Indian journal of veterinary science and animal husbandry - Volume 8,
Year: 1938
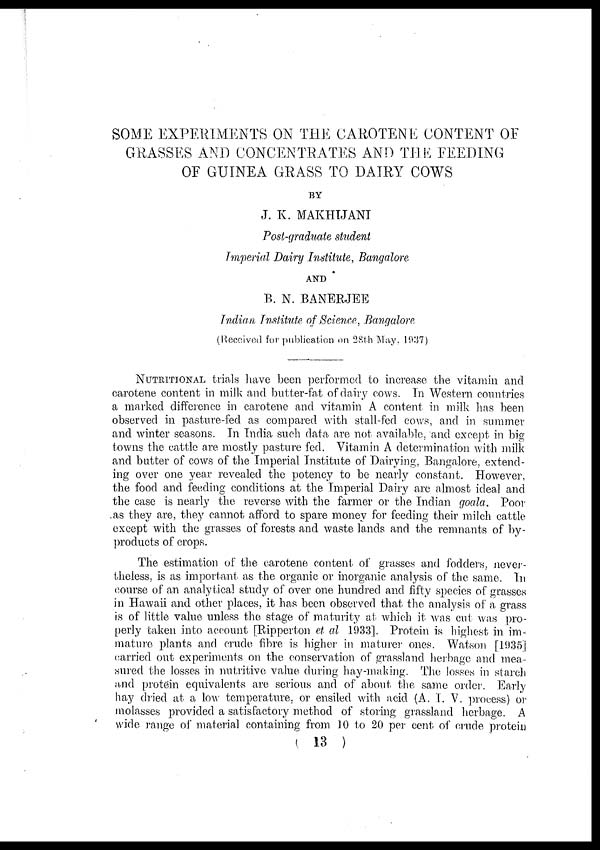
SOME EXPERIMENTS ON THE CAROTENE CONTENT OF
GRASSES AND CONCENTRATES AND THE FEEDING
OF GUINEA GRASS TO DAIRY COWS
BY
J. K. MAKHIJANI
Post-graduate student
Imperial Dairy Institute, Bangalore
AND
B. N. BANERJEE
Indian Institute of Science, Bangalore
(Received for publication on 28th May, 1937)
NUTRITIONAL trials have been performed to increase the vitamin and
carotene content in milk and butter-fat of dairy cows. In Western countries
a marked difference in carotene and vitamin A content in milk has been
observed in pasture-fed as compared with stall-fed cows, and in summer
and winter seasons. In India such data are not available, and except in big
towns the cattle are mostly pasture fed. Vitamin A determination with milk
and butter of cows of the Imperial Institute of Dairying, Bangalore, extend-
ing over one year revealed the potency to be nearly constant. However,
the food and feeding conditions at the Imperial Dairy are almost ideal and
the case is nearly the reverse with the farmer or the Indian goala. Poor
as they are, they cannot afford to spare money for feeding their milch cattle
except with the grasses of forests and waste lands and the remnants of by-
products of crops.
The estimation of the carotene content of grasses and fodders, never-
theless, is as important as the organic or inorganic analysis of the same. In
course of an analytical study of over one hundred and fifty species of grasses
in Hawaii and other places, it has been observed that the analysis of a. grass
is of little value unless the stage of maturity at which it was cut was pro-
perly taken into account [Ripperton et al 1933]. Protein is highest in im-
mature plants and crude fibre is higher in maturer ones. Watson [1935]
carried out experiments on the conservation of grassland herbage and mea-
sured the losses in nutritive value during hay-making. The losses in starch
and protein equivalents are serious and of about the same order. Early
hay dried at a low temperature, or ensiled with acid (A. I. V. process) or
molasses provided a satisfactory method of storing grassland herbage. A
wide range of material containing from 10 to 20 per cent of crude protein
( 13 )